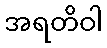
အရတိဝါ